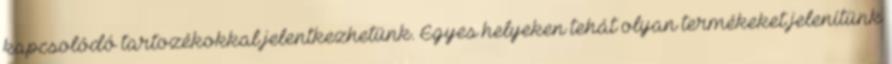
kapcsolódó tartozékokkal jelentkezhetünk. Egyes helyeken tehát olyan termékeket jelenítünk